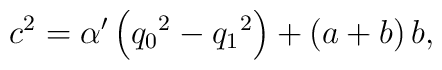
{c^2} = {\alpha'} \left({q_0}^2-{q_1}^2\right)			+ \left(a+b\right) b,